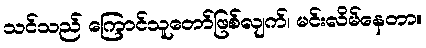
သင်သည် ကြောင်သူတော်ဖြစ်လျက်၊ မင်းလိမ်နေတာ။